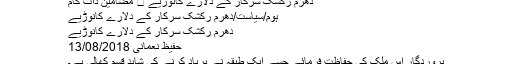
دھرم رکشک سرکار کے دُلارے کانوڑیے ⋆ مضامین ڈاٹ کام
ہوم/سیاست/دھرم رکشک سرکار کے دُلارے کانوڑیے
دھرم رکشک سرکار کے دُلارے کانوڑیے
حفیظ نعمانی 13/08/2018
پروردگار اس ملک کی حفاظت فرمائے جسے ایک طبقہ نے برباد کرنے کی شاید قسم کھالی ہے۔